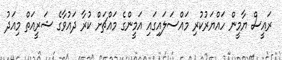
ރައީސް ޔާމީން ހައްޔަރުކުރި މައްސަލައިގައި އަމީންގެ މައްޗަށް ކުރާ ދައުވާގެ ޝަރީއަތް މިއަދު